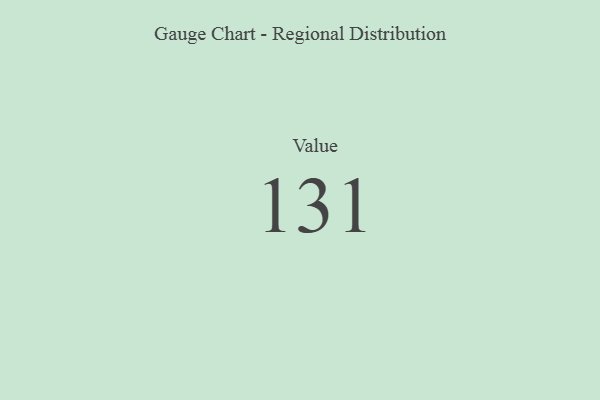
{"axis": {"x": "Metric", "y": "Value"}, "legend": [""], "data": [{"x": "Value", "y": 131, "type": ""}]}